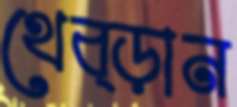
থেব্‌ড়ান